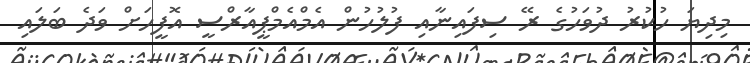
މިދިޔަ ހުކުރު ދުވަހުގެ ރޭ ސިފައިނާއި ފުލުހުން އެމްއެމްޕީއާރްސީީ އޮފީހަށް ވަދެ ބަލައި